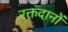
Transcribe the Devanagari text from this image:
रक्तदानों